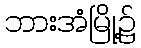
ဘားအံမြို့၌